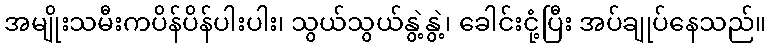
အမျိုးသမီးကပိန်ပိန်ပါးပါး၊ သွယ်သွယ်နွဲ့နွဲ့၊ ခေါင်းငုံ့ပြီး အပ်ချုပ်နေသည်။